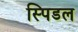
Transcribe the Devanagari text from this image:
स्पिडल